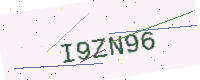
Text: I9ZN96